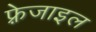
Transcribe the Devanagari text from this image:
फ़्रेजाइल